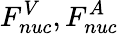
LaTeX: F_{nuc}^{V},F_{nuc}^{A}